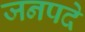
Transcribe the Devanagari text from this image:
जनपदे